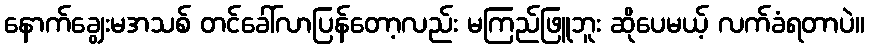
နောက်ချွေးမအသစ် တင်ခေါ်လာပြန်တော့လည်း မကြည်ဖြူဘူး ဆိုပေမယ့် လက်ခံရတာပဲ။